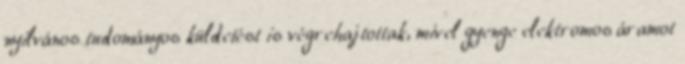
nyilvános tudományos küldetést is végrehajtottak, mivel gyenge elektromos áramot